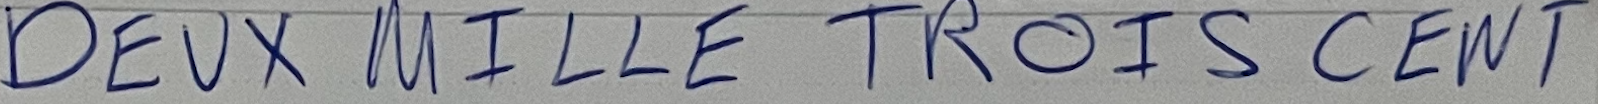
DEUX MILLE TROIS CENT